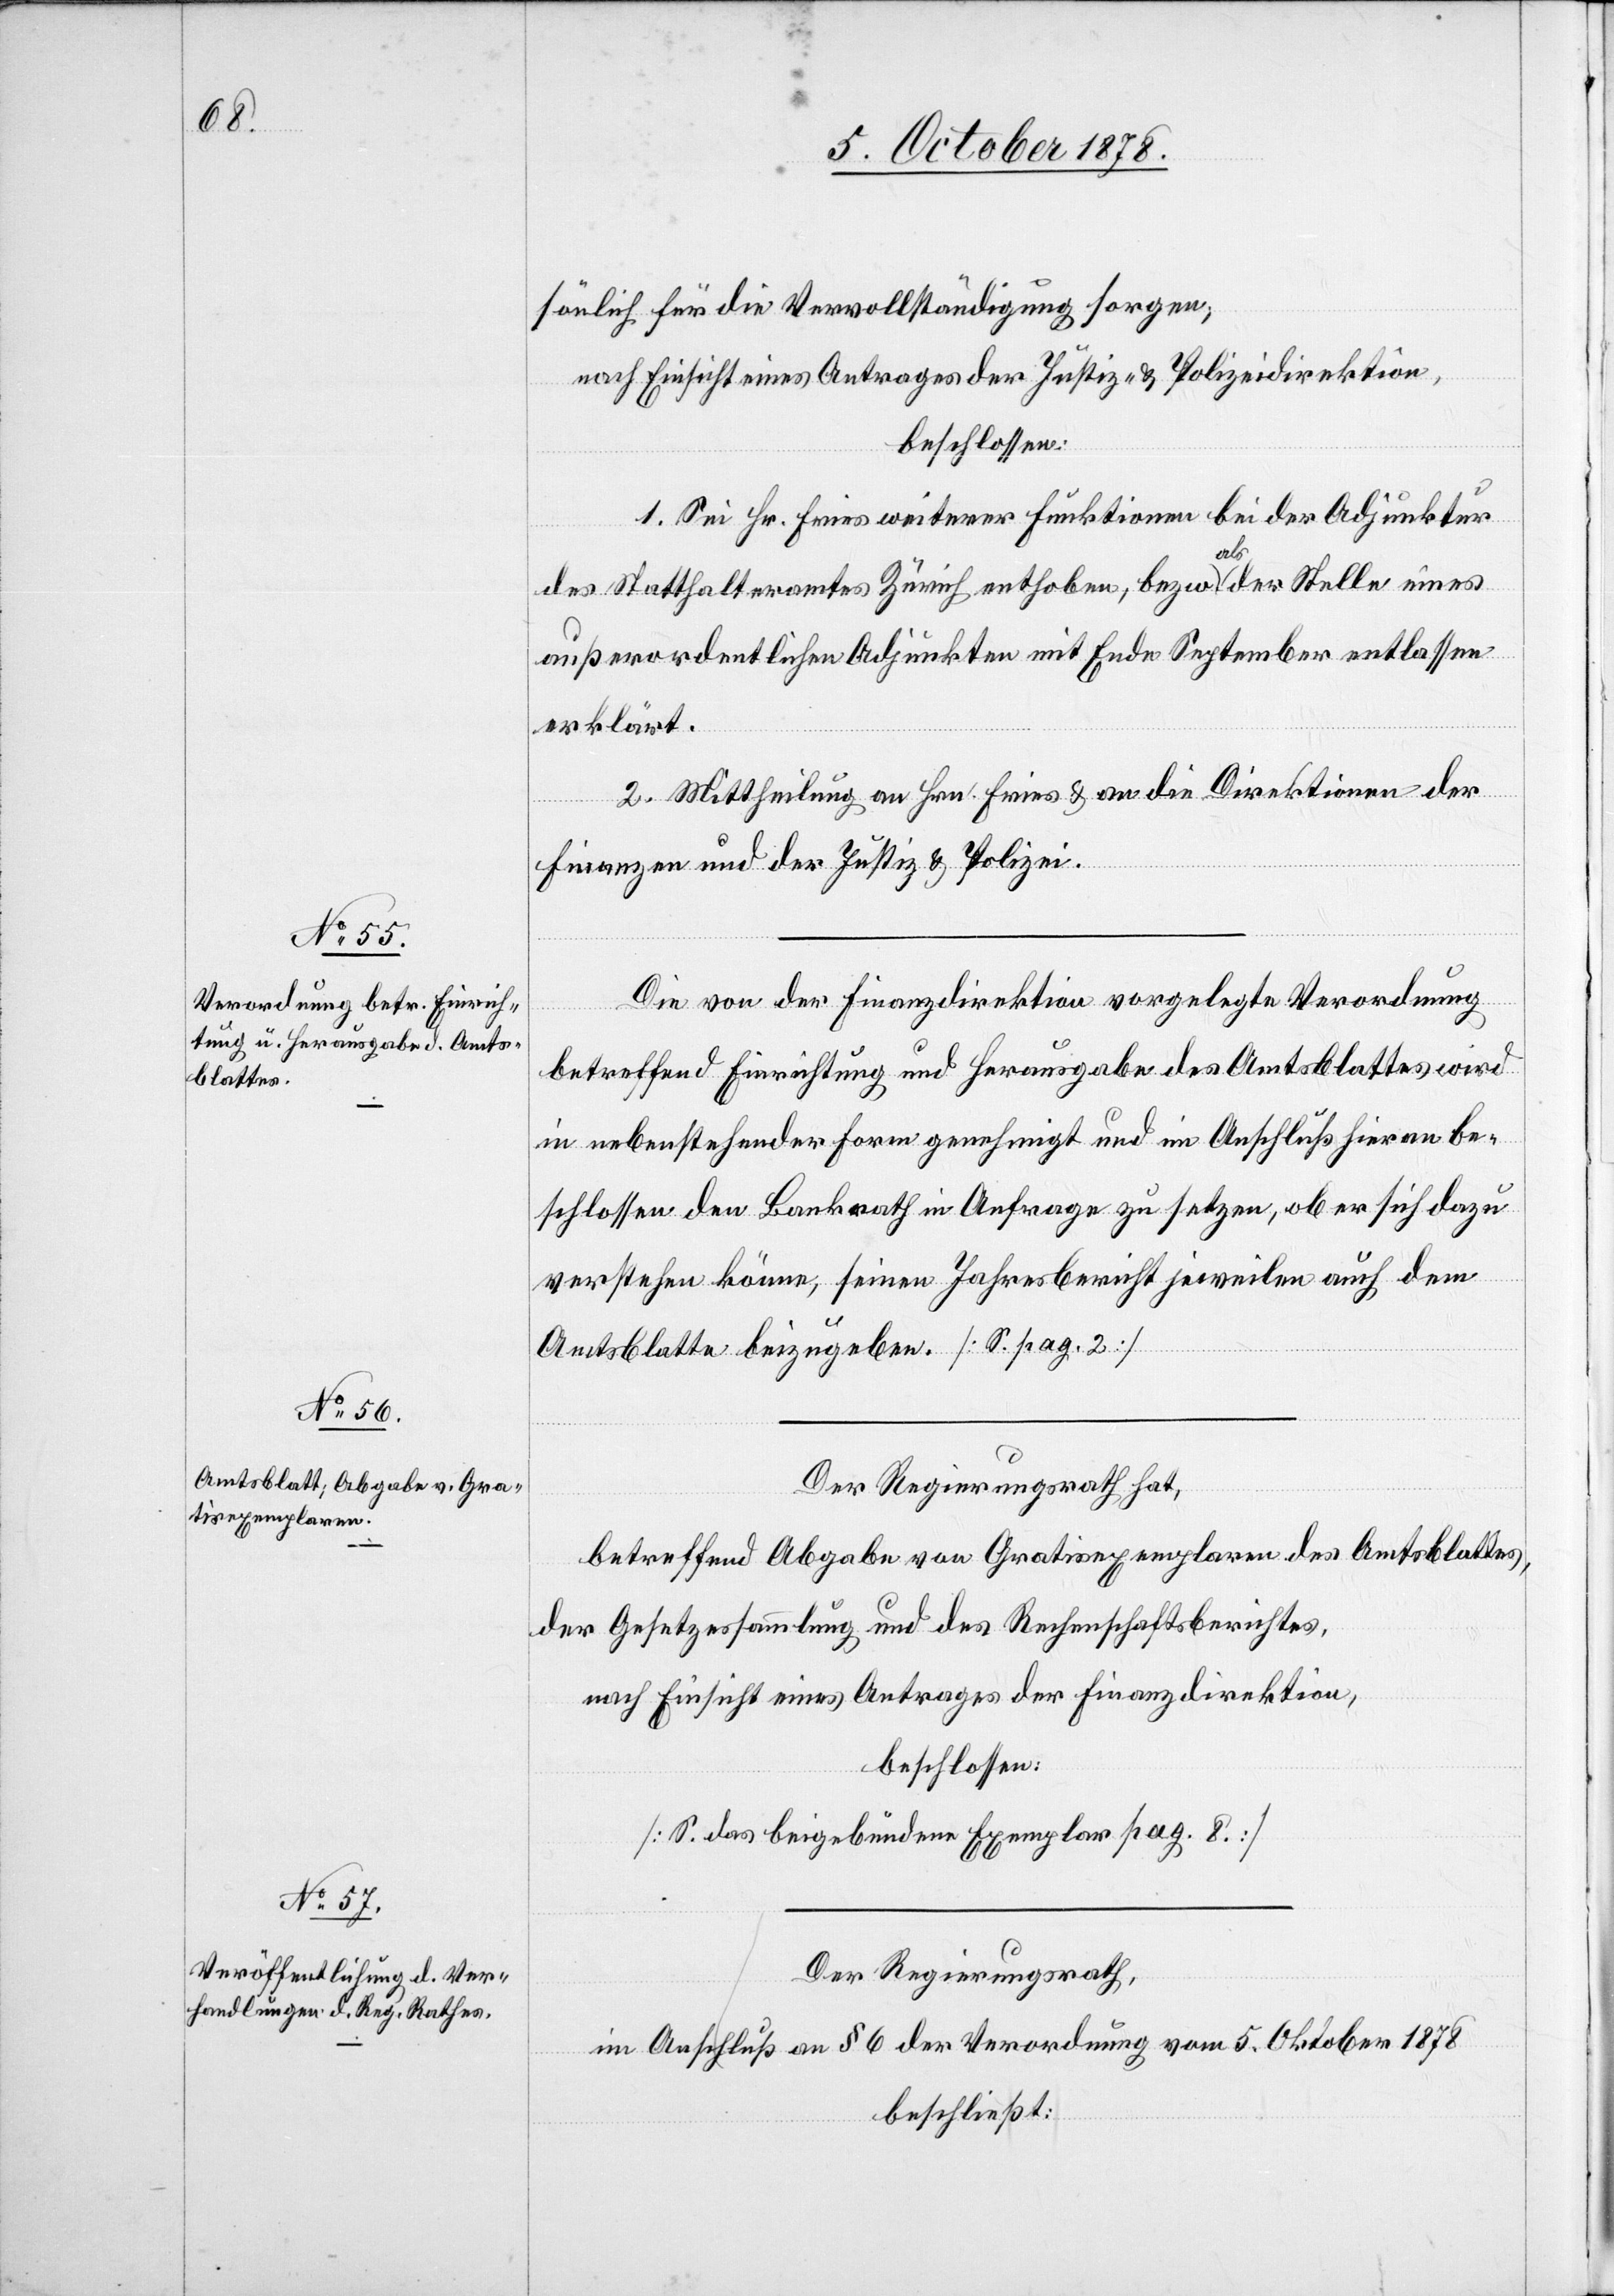
sönlich für die Vervollständigung sorgen;
nach Einsicht eines Antrages der Justiz- & Polizeidirektion,
beschlossen:
1. Sei Hr. Fries weiterer Funktionen bei der Adjunktur
des Statthalteramtes Zürich enthoben, bezw. als der Stelle eines
außerordentlichen Adjunkten mit Ende September entlassen
erklärt.
2. Mittheilung an Hrn. Fries & an die Direktionen der
Finanzen und der Justiz & Polizei.
Die von der Finanzdirektion vorgelegte Verordnung
betreffend Einrichtung und Herausgabe des Amtsblattes wird
in nebenstehender Form genehmigt und im Anschluß hieran be¬
schlossen den Bankrath in Anfrage zu setzen, ob er sich dazu
verstehen könne, seinen Jahresbericht jeweilen auch dem
Amtsblatte beizugeben. [S. pag. 2]
Der Regierungsrath hat,
betreffend Abgabe von Gratisexemplaren des Amtsblattes,
der Gesetzessammlung und des Rechenschaftsberichtes,
nach Einsicht eines Antrages der Finanzdirektion,
beschlossen:
[S. das beigebundene Exemplar pag. 8]
Der Regierungsrath,
im Anschluß an § 6 der Verordnung vom 5. Oktober 1878
beschließt: